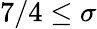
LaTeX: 7/4\leq\sigma